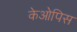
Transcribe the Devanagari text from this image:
केओपिस